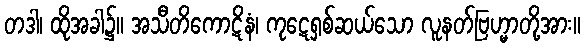
တဒါ၊ ထိုအခါ၌။ အသီတိကောဋိနံ၊ ကုဋေရှစ်ဆယ်သော လူနတ်ဗြဟ္မာတို့အား။